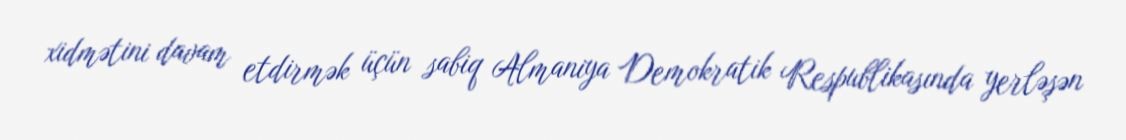
xidmətini davam etdirmək üçün sabiq Almaniya Demokratik Respublikasında yerləşən